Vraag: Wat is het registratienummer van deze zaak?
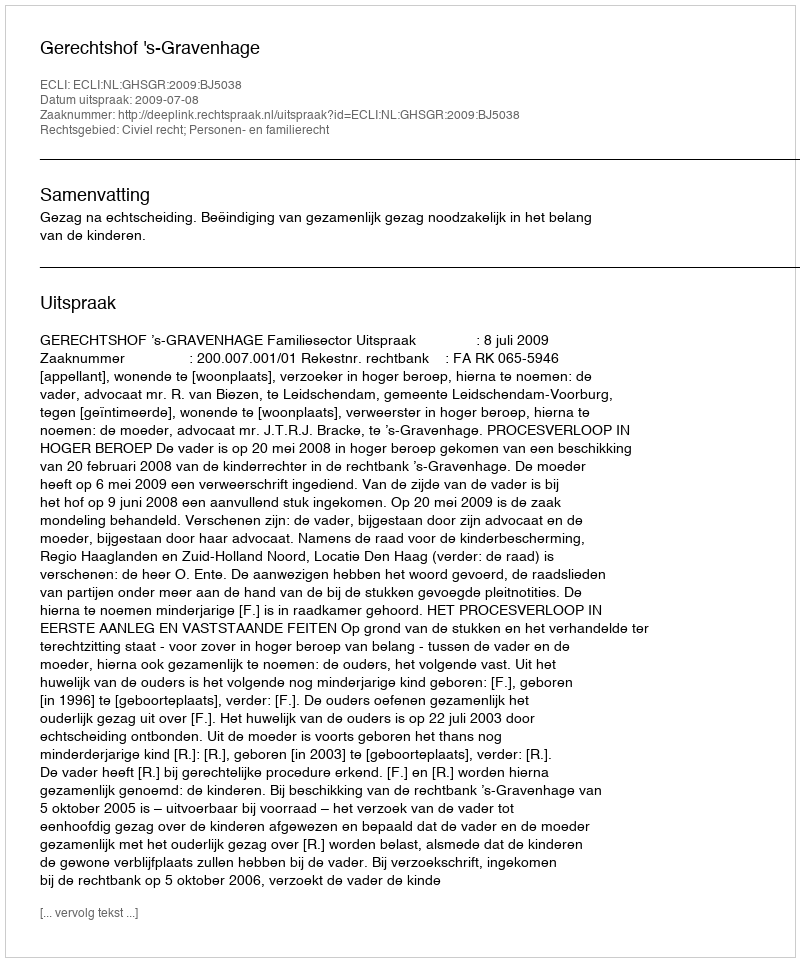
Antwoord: http://deeplink.rechtspraak.nl/uitspraak?id=ECLI:NL:GHSGR:2009:BJ5038